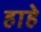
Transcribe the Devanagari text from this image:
हाहे